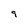
Character: 9